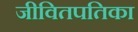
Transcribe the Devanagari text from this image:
जीवितपतिका